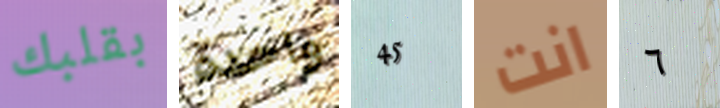
بقلبك واحدة 45 انت ٦